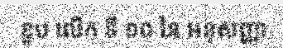
ខួប លើក ទី ១០ នៃ អនុសញ្ញា